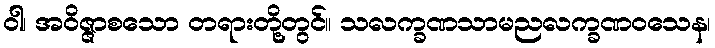
ဝါ၊ အဝိဇ္ဇာစသော တရားတို့တွင်။ သလက္ခဏသာမညလက္ခဏဝသေန၊